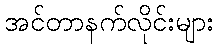
အင်တာနက်လိုင်းများ